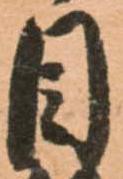
目